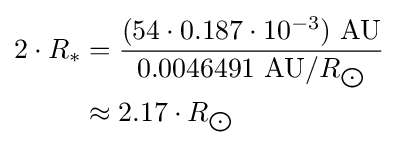
{\begin{aligned}2\cdot R_{*}&={\frac {(54\cdot 0.187\cdot 10^{-3})\ {\text{AU}}}{0.0046491\ {\text{AU}}/R_{\bigodot }}}\\&\approx 2.17\cdot R_{\bigodot }\end{aligned}}